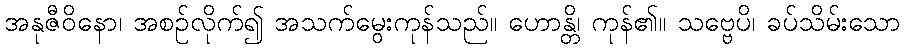
အနုဇီဝိနော၊ အစဉ်လိုက်၍ အသက်မွေးကုန်သည်။ ဟောန္တိ၊ ကုန်၏။ သဗ္ဗေပိ၊ ခပ်သိမ်းသော